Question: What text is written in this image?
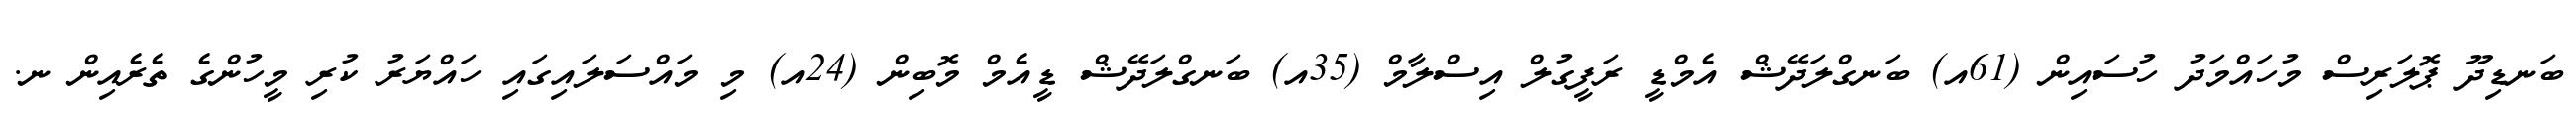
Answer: ބަނޑިދޫ ޕޮލަރިސް މުހައްމަދު ހުސައިން (61އ) ބަނގްލަދޭޝް އެމްޑީ ރަފީގުލް އިސްލާމް (35އ) ބަނގްލަދޭޝް ޑީއެމް މޮބިން (24އ) މި މައްސަލައިގައި ހައްޔަރު ކުރި މީހުންގެ ތެރެއިން ނ.